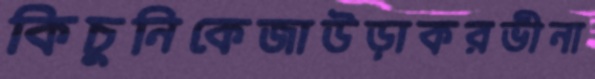
কিচুনিকেজাউড়াকরভীনা